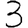
Digit: 3